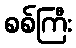
စစ်ကြီး